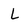
Character: L